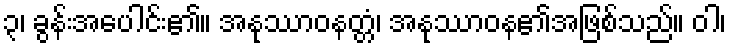
၃၊ ခွန်းအပေါင်း၏။ အနုဿာဝနတ္တံ၊ အနုဿာဝန၏အဖြစ်သည်။ ဝါ၊